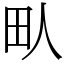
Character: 㽗